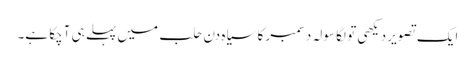
ایک تصویر دیکھی تو لگا سولہ دسمبر کا سیاہ دن حلب میں پہلے ہی آچکا ہے۔